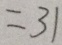
= 3 1